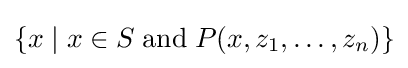
\{x\mid x\in S\;\mathrm {and} \;P(x,z_{1},\ldots ,z_{n})\}